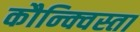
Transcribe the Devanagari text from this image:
कौन्क्विस्ता